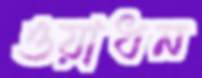
ওয়াধন